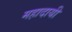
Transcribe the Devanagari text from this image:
महादायी